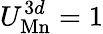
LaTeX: U_{\mathrm{Mn}}^{3d}=1